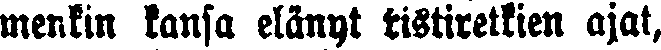
menkin kansa elänyt ristiretkien ajat,